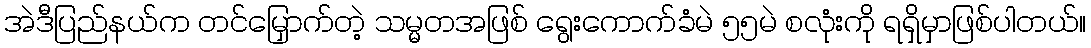
အဲဒီပြည်နယ်က တင်မြှောက်တဲ့ သမ္မတအဖြစ် ရွေးကောက်ခံမဲ ၅၅မဲ စလုံးကို ရရှိမှာဖြစ်ပါတယ်။